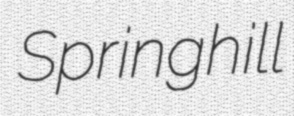
Springhill